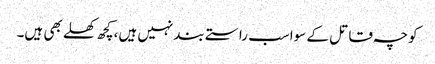
کوچہ قاتل کے سواسب راستے بندنہیں ہیں،کچھ کھلے بھی ہیں۔